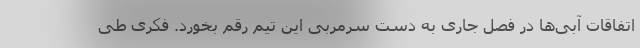
اتفاقات آبی‌ها در فصل جاری به دست سرمربی این تیم رقم بخورد. فکری طی